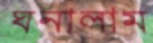
ঘনালাম